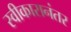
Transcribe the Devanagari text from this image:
स्वीकारानंतर